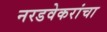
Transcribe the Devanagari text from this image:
नरडवेकरांचा